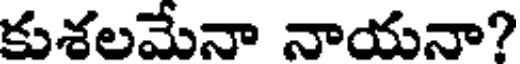
కుశలమేనా నాయనా?